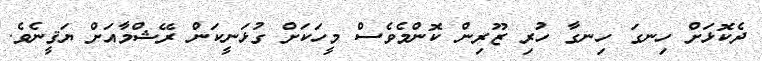
ދެކޮޅަށް ހިނގަ ހިނގާ ހުރި ޒޫރިން ކޮންމެވެސް މީހަކަށް ގުޅަނީކަން ރޭޝްމާއަށް ޔަޤީނެވެ.